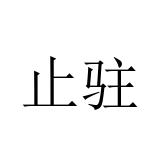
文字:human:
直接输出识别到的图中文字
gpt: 止驻